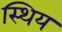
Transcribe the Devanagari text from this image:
स्थिय